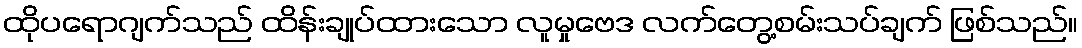
ထိုပရောဂျက်သည် ထိန်းချုပ်ထားသော လူမှုဗေဒ လက်တွေ့စမ်းသပ်ချက် ဖြစ်သည်။